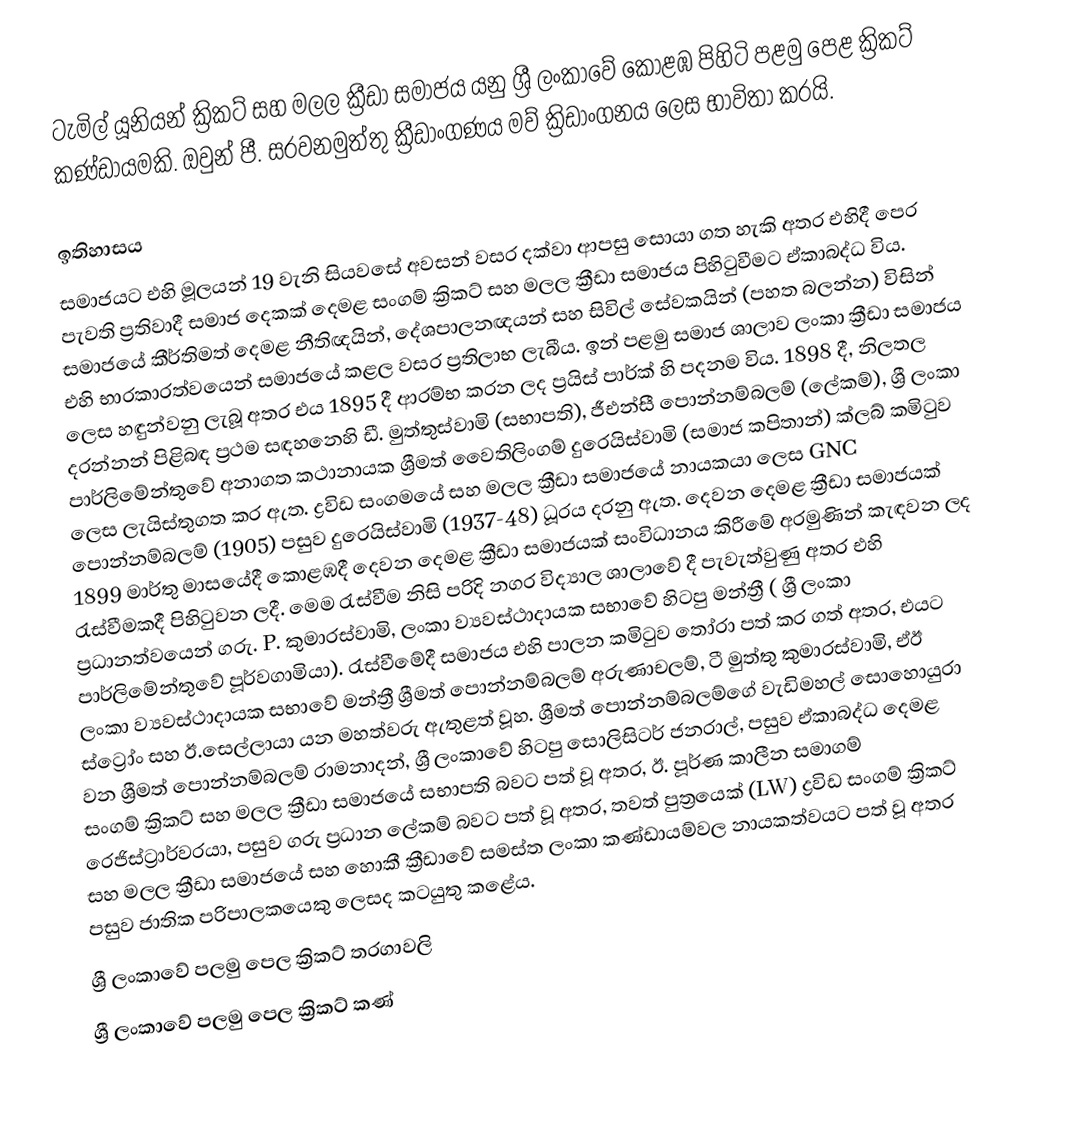
ටැමිල් යූනියන් ක්‍රිකට් සහ මලල ක්‍රීඩා සමාජය යනු ශ්‍රී ලංකාවේ කොළඹ පිහිටි පළමු පෙළ ක්‍රිකට් කණ්ඩායමකි. ඔවුන් පී. සරවනමුත්තු ක්‍රීඩාංගණය මව් ක්‍රිඩාංගනය ලෙස භාවිතා කරයි.

ඉතිහාසය
සමාජයට එහි මූලයන් 19 වැනි සියවසේ අවසන් වසර දක්වා ආපසු සොයා ගත හැකි අතර එහිදී පෙර පැවති ප්‍රතිවාදී සමාජ දෙකක් දෙමළ සංගම් ක්‍රිකට් සහ මලල ක්‍රීඩා සමාජය පිහිටුවීමට ඒකාබද්ධ විය. සමාජයේ කීර්තිමත් දෙමළ නීතිඥයින්, දේශපාලනඥයන් සහ සිවිල් සේවකයින් (පහත බලන්න) විසින් එහි භාරකාරත්වයෙන් සමාජයේ කළල වසර ප්‍රතිලාභ ලැබීය. ඉන් පළමු සමාජ ශාලාව ලංකා ක්‍රීඩා සමාජය ලෙස හඳුන්වනු ලැබූ අතර එය 1895 දී ආරම්භ කරන ලද ප්‍රයිස් පාර්ක් හි පදනම විය.  1898 දී, නිලතල දරන්නන් පිළිබඳ ප්‍රථම සඳහනෙහි ඩී. මුත්තුස්වාමි (සභාපති), ජීඑන්සී පොන්නම්බලම් (ලේකම්), ශ්‍රී ලංකා පාර්ලිමේන්තුවේ අනාගත කථානායක ශ්‍රීමත් වෛතිලිංගම් දුරෙයිස්වාමි (සමාජ කපිතාන්) ක්ලබ් කමිටුව ලෙස ලැයිස්තුගත කර ඇත. ද්‍රවිඩ සංගමයේ සහ මලල ක්‍රීඩා සමාජයේ නායකයා ලෙස GNC පොන්නම්බලම් (1905) පසුව දුරෙයිස්වාමි (1937-48) ධූරය දරනු ඇත.  දෙවන දෙමළ ක්‍රීඩා සමාජයක් 1899 මාර්තු මාසයේදී කොළඹදී දෙවන දෙමළ ක්‍රීඩා සමාජයක් සංවිධානය කිරීමේ අරමුණින් කැඳවන ලද රැස්වීමකදී පිහිටුවන ලදී. මෙම රැස්වීම නිසි පරිදි නගර විද්‍යාල ශාලාවේ දී පැවැත්වුණු අතර එහි ප්‍රධානත්වයෙන් ගරු. P. කුමාරස්වාමි, ලංකා ව්‍යවස්ථාදායක සභාවේ හිටපු මන්ත්‍රී ( ශ්‍රී ලංකා පාර්ලිමේන්තුවේ පූර්වගාමියා). රැස්වීමේදී සමාජය එහි පාලන කමිටුව තෝරා පත් කර ගත් අතර, එයට ලංකා ව්‍යවස්ථාදායක සභාවේ මන්ත්‍රී ශ්‍රීමත් පොන්නම්බලම් අරුණාචලම්, ටී මුත්තු කුමාරස්වාමි, ඒඊ ස්ට්‍රෝං සහ ඊ.සෙල්ලායා යන මහත්වරු ඇතුළත් වූහ.  ශ්‍රීමත් පොන්නම්බලම්ගේ වැඩිමහල් සොහොයුරා වන ශ්‍රීමත් පොන්නම්බලම් රාමනාදන්, ශ්‍රී ලංකාවේ හිටපු සොලිසිටර් ජනරාල්, පසුව ඒකාබද්ධ දෙමළ සංගම් ක්‍රිකට් සහ මලල ක්‍රීඩා සමාජයේ සභාපති බවට පත් වූ අතර, ඊ. පූර්ණ කාලීන සමාගම් රෙජිස්ට්‍රාර්වරයා, පසුව ගරු ප්‍රධාන ලේකම් බවට පත් වූ අතර, තවත් පුත්‍රයෙක් (LW) ද්‍රවිඩ සංගම් ක්‍රිකට් සහ මලල ක්‍රීඩා සමාජයේ සහ හොකී ක්‍රීඩාවේ සමස්ත ලංකා කණ්ඩායම්වල නායකත්වයට පත් වූ අතර පසුව ජාතික පරිපාලකයෙකු ලෙසද කටයුතු කළේය.
ශ්‍රී ලංකාවේ පලමු පෙල ක්‍රිකට් තරගාවලි
ශ්‍රී ලංකාවේ පලමු පෙල ක්‍රිකට් කණ්